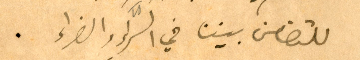
للتضامن بيننا في السَّراء والضراء.